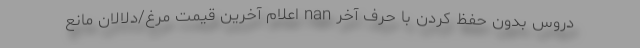
دروس بدون حفظ کردن با حرف آخر nan اعلام آخرین قیمت مرغ/دلالان مانع